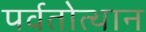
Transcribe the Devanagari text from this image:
पर्वतोत्‍थान